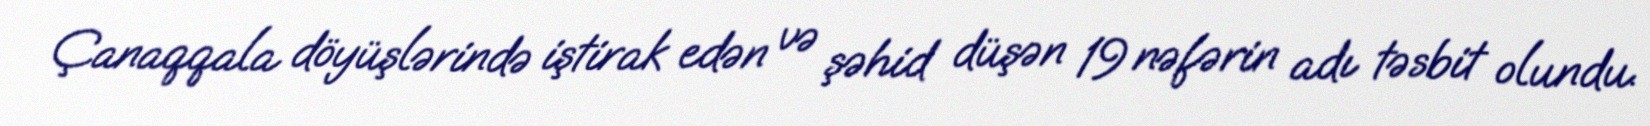
Çanaqqala döyüşlərində iştirak edən və şəhid düşən 19 nəfərin adı təsbit olundu.